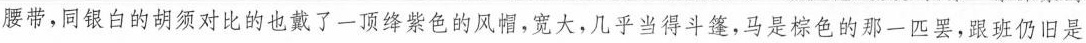
腰带，同银白的胡须对比的也戴了一顶绛紫色的风帽，宽大几乎当得斗篷，马是棕色的那一匹吧，跟班仍旧是